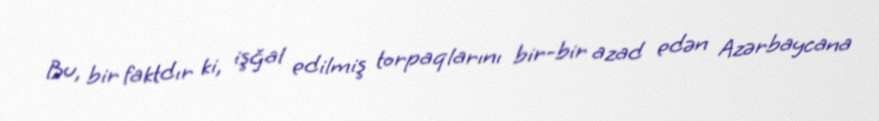
Bu, bir faktdır ki, işğal edilmiş torpaqlarını bir-bir azad edən Azərbaycana